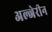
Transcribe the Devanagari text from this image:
अल्जेरीन